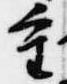
重